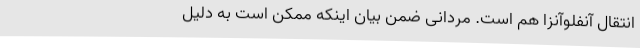
انتقال آنفلوآنزا هم است‌. مردانی ضمن بیان اینکه ممکن است به دلیل